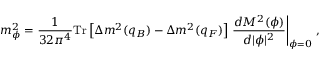
m _ { \phi } ^ { 2 } = \frac { 1 } { 3 2 \pi ^ { 4 } } \mathrm { T r } \left[ \Delta m ^ { 2 } ( q _ { B } ) - \Delta m ^ { 2 } ( q _ { F } ) \right] \left. \frac { d M ^ { 2 } ( \phi ) } { d | \phi | ^ { 2 } } \right| _ { \phi = 0 } \, ,